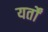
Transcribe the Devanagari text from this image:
यर्तों